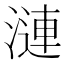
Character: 漣